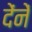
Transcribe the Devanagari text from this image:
देंनें